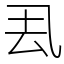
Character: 厾